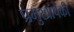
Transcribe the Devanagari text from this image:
प्रमुखांपैकी